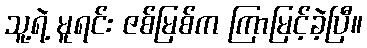
သူ့ရဲ့ မူရင်း ဇစ်မြစ်က ကြာမြင့်ခဲ့ပြီ။